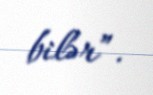
bilər”.